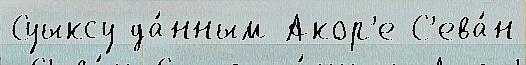
Суыксу да́нным Акор'е С'ева́н